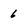
Character: 6